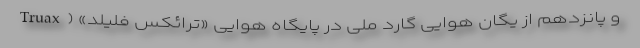
و پانزدهم از یگان هوایی گارد ملی در پایگاه هوایی «ترائکس فلیلد» (Truax